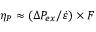
\eta _ { P } \approx ( \Delta P _ { e x } / \dot { \varepsilon } ) \times F